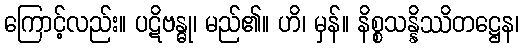
ကြောင့်လည်း။ ပဋိဗန္ဓု၊ မည်၏။ ဟိ၊ မှန်။ နိစ္စသန္နိဿိတဋ္ဌေန၊